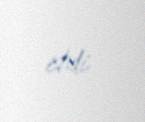
etdi .